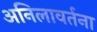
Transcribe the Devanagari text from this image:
अनिलावर्तना